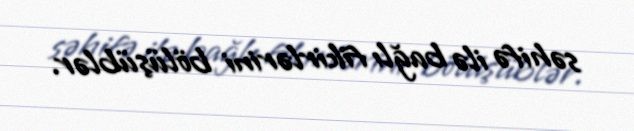
səhifə ilə bağlı fikirlərini bölüşüblər.